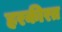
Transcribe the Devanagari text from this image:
हरकीरत